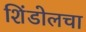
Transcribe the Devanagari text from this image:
शिंडोलचा